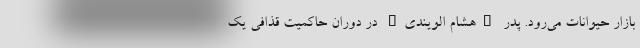
بازار حیوانات می‌رود. پدر "هشام الویندی" در دوران حاکمیت قذافی یک